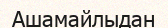
Ашамайлыдан